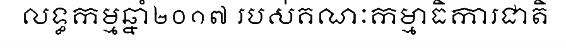
លទ្ធកម្មឆ្នាំ២០១៧ របស់គណៈកម្មាធិការជាតិ